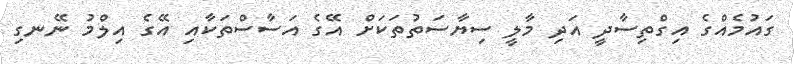
ގައުމެއްގެ އިގްތިސާދީ އަދި މާލީ ސިޔާސަތުތަކަށް އޭގެ އަސާސްތަކާއި އޭގެ އިލްމު ނޭނގި